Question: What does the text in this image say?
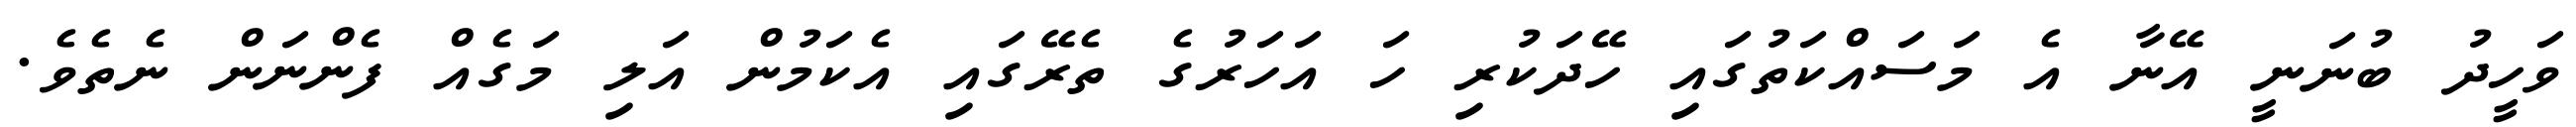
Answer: ވަހީދު ބުނަނީ އޭނާ އެ މަސައްކަތުގައި ހޭދަކުރި ހަ އަހަރުގެ ތެރޭގައި އެކަމުން އަލި މަގެއް ފެންނަން ނެތެވެ.